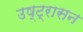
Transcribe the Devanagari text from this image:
उष्ट्रासन